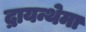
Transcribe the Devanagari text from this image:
द्रायन्थेमा